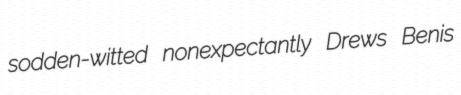
sodden-witted nonexpectantly Drews Benis